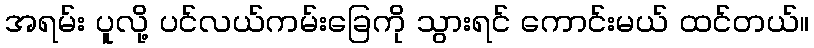
အရမ်း ပူလို့ ပင်လယ်ကမ်းခြေကို သွားရင် ကောင်းမယ် ထင်တယ်။